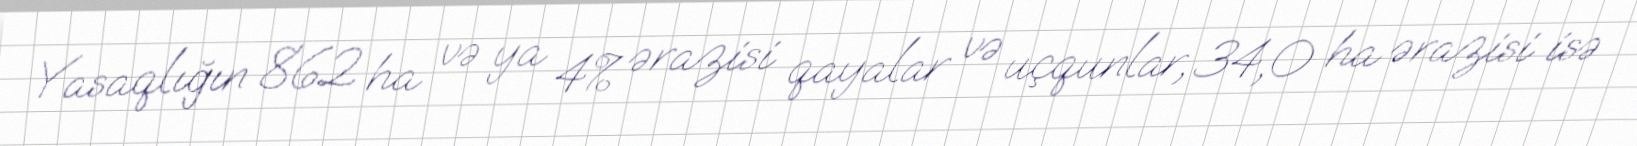
Yasaqlığın 862 ha və ya 4% ərazisi qayalar və uçqunlar, 34,0 ha ərazisi isə